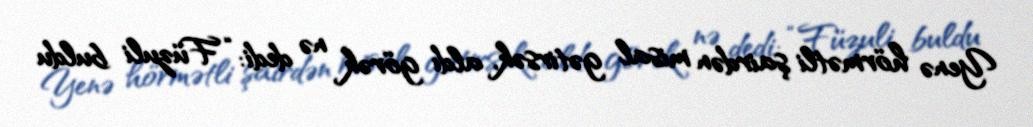
Yenə hörmətli şairdən misal gətirsək, aldı görək nə dedi: “Füzuli buldu